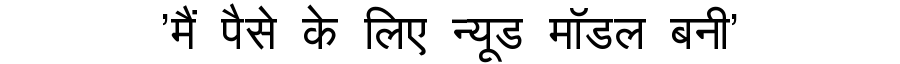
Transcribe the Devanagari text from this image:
'मैं पैसे के लिए न्यूड मॉडल बनी'